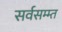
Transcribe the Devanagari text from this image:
सर्वसम्म्त